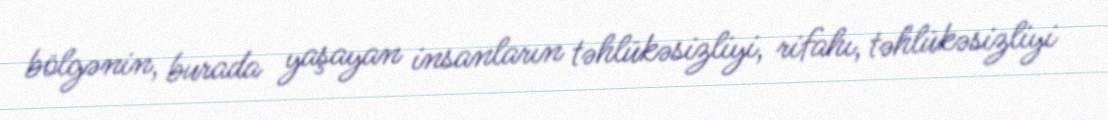
bölgənin, burada yaşayan insanların təhlükəsizliyi, rifahı, təhlükəsizliyi